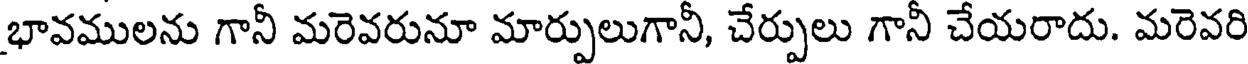
భావములను గానీ మరెవరునూ మార్పులుగానీ, చేర్పులు గానీ చేయరాదు. మరెవరి